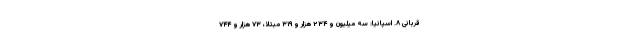
قربانی ۸. اسپانیا: سه میلیون و ۲۳۴ هزار و ۳۱۹ مبتلا، ۷۳ هزار و ۷۴۴